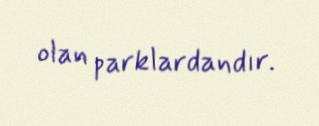
olan parklardandır.